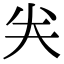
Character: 𠔉